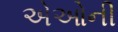
એઓની